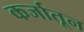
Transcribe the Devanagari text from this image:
कर्जातून